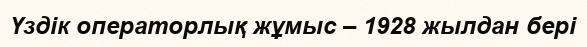
Үздік операторлық жұмыс – 1928 жылдан бері